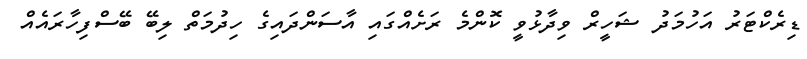
ޑިރެކްޓަރު އަހުމަދު ޝަހީރް ވިދާޅުވީ ކޮންމެ ރަށެއްގައި އާސަންދައިގެ ހިދުމަތް ލިބޭ ބޭސްފިހާރައެއް